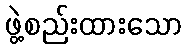
ဖွဲ့စည်းထားသော